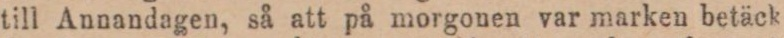
till Annandagen, så att på morgonen var marken betäck